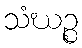
သံဃဉ္စ